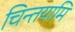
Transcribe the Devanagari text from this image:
चिन्तयामि